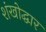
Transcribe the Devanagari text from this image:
शंखोद्धार